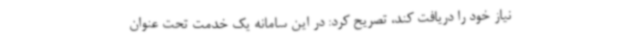
نیاز خود را دریافت کند، تصریح کرد: در این سامانه یک خدمت تحت عنوان